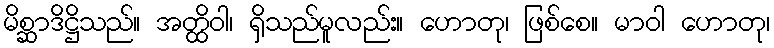
မိစ္ဆာဒိဋ္ဌိသည်။ အတ္ထိဝါ၊ ရှိသည်မူလည်း။ ဟောတု၊ ဖြစ်စေ။ မာဝါ ဟောတု၊